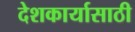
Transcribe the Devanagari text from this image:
देशकार्यासाठी